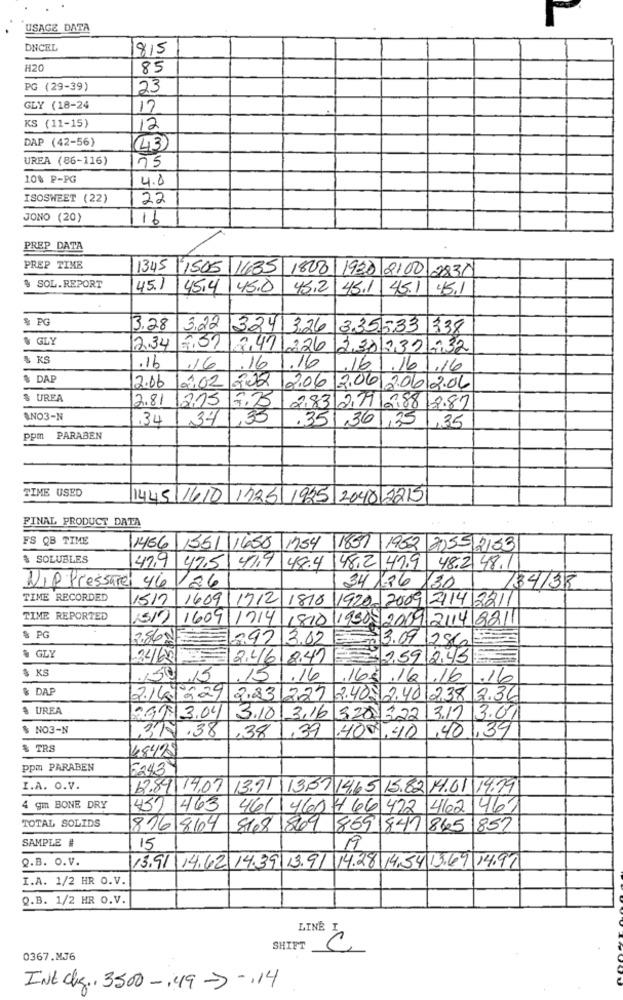
USAGE DATA
DNCEL
815
H20
85
PG (29-39)
23
GLY (18-24
17
KS (11-15)
12
DAP (42-56)
(43)
UREA (86-116)
75
10% P-PG
4.8
ISOSWEET (22)
22
JONO (20)
16
PREP DATA
PREP TIME
1345 /1505 1435 1808 1920 2100 2831
& SOL.REPORT
45.1 45,4
45.0
45.2
45.1 45.1 451
& PG
13.28
3.22.3.241 3.26 3.35.533 338
& GLY
2.34
2.471226 2301232 -732
& KS
.16
.16
.16
1.16
,16
16.1.16
$ DAP
01.02
2.06
202 2.06 2.06 2.06 2.06
$ UREA
2.81
1215
7.73
283 2.77|28812.87
$NO3-N
.34
34
,35
.35
361,35 ,35
ppm PARABEN
TIME USED
1445 1610 1725 1925 2040 2215
FINAL PRODUCT DATA
FS QB TIME
1456 1351 1650 1754 1851 1952 2055 2153
SOLUBLES
429 47.5
41.9 48.4
48.2 41.9 48.2 48.11
WIP Pressure: 46 /26
34136/30
134133
TIME RECORDED
1517
1609 |1712 1810
1920- 2009 2114 2211
TIME REPORTED
(51) 1609 1714 (810 19505 2009 2114 8211
$ PG
2.86 NE
2.97
13.02
3.09 |286
& GLY
34/65
2.46 8.41
2,59 2,45
$ KS
159.15
15
.16
165 .16 .16
.16
& DAP
2.14. 229 2.23 2.27 2.40- 2.40 238 2.36
$ UREA
G83.04
3.10
3,16 320. 3.22 3.17 3.07
$ NO3-N
317.38
39
.400,40
,401,39
,38
$ TRS
48425
Ppm PARABEN
5243
I.A. O.V.
12.89 14,07 13.91\ 1337 14,65 15.82 14.01 14.19
4 gm BONE DRY
431. 463
461 460 4 66 422 462 461
TOTAL SOLIDS
816 864 868 869 869 841 865
1857
SAMPLE #
15
19
Q.B. O.V.
13.91.14.62. 14.39 13.91 14.28 14.54 13.69 14.91
I.A. 1/2 HR O.V.
Q.B. 1/2 HR O.V.
LINE I
SHIFT
C
0367.MJ6
Int dkg ., 3500 -. 49- -. 14